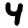
Digit: 4